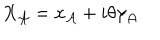
X _ { \cal A } = x _ { \cal A } + i \theta \gamma _ { \cal A }